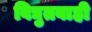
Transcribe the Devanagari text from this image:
विद्युतवाही